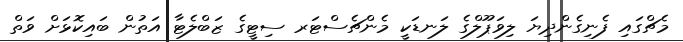
މެޗްގައި ފެނިގެންދިޔަ ލިވަޕޫލްގެ ލަނޑަކީ މެންޗެސްޓަރ ސިޓީގެ ޒަބްލެޓާ އަތުން ބައިކޮޅަށް ވަތް